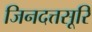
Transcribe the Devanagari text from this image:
जिनदत्तसूरि